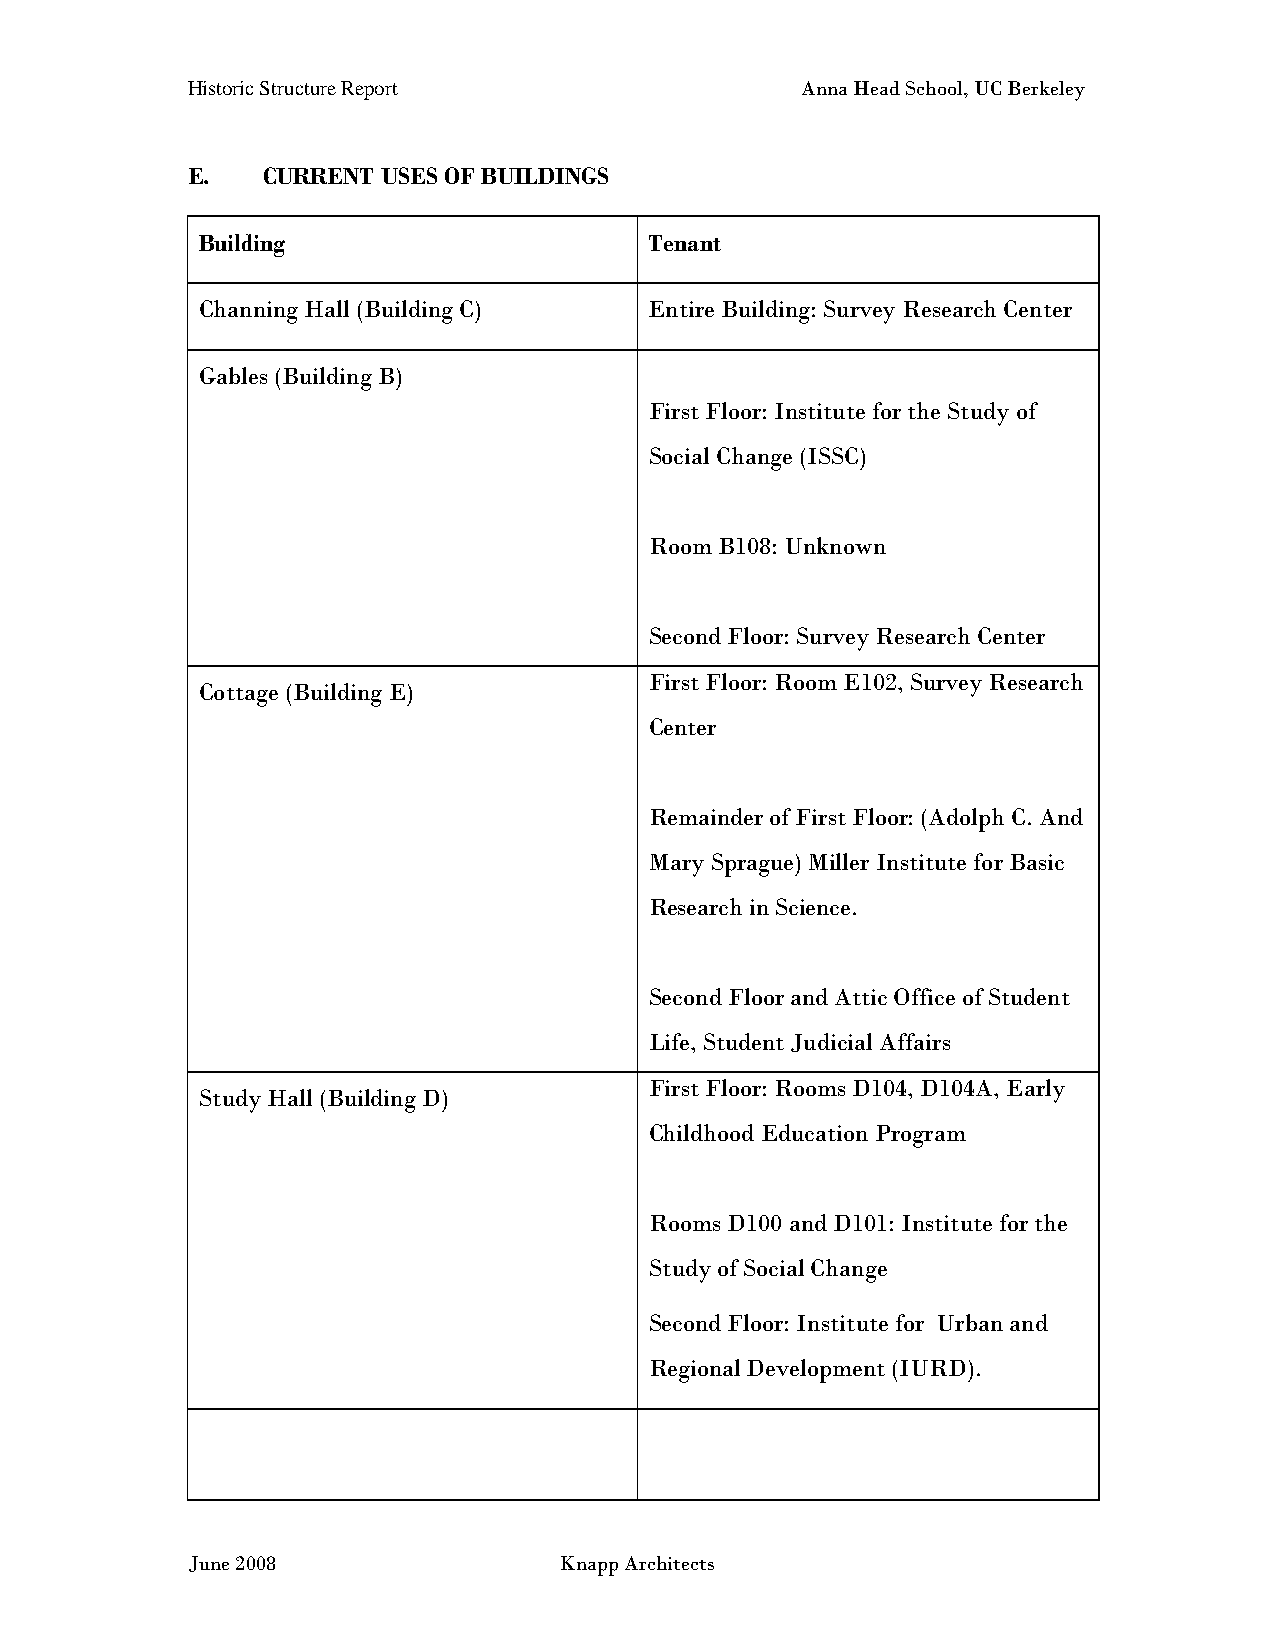
Historic Structure Report                Anna Head School, UC Berkeley
 E.   CURRENT USES OF BUILDINGS
 Building                      Tenant
 Channing Hall (Building C)    Entire Building: Survey Research Center
 Gables (Building B)
 First Floor: Institute for the Study of
 Social Change (ISSC)
 Room B108: Unknown
 Second Floor: Survey Research Center
 First Floor: Room E102, Survey Research
 Cottage (Building E)
 Center
 Remainder of First Floor: (Adolph C. And
 Mary Sprague) Miller Institute for Basic
 Research in Science.
 Second Floor and Attic Office of Student
 Life, Student Judicial Affairs
 First Floor: Rooms D104, D104A, Early
 Study Hall (Building D)
 Childhood Education Program
 Rooms D100 and D101: Institute for the
 Study of Social Change
 Second Floor: Institute for Urban and
 Regional Development (IURD).
 June 2008                Knapp Architects